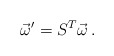
\begin{align*}\vec{\omega}^{\prime} = S^{T}\vec{\omega}\, .\end{align*}